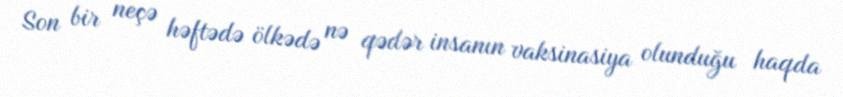
Son bir neçə həftədə ölkədə nə qədər insanın vaksinasiya olunduğu haqda